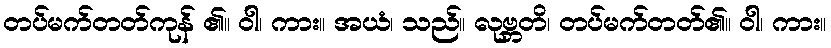
တပ်မက်တတ်ကုန် ၏။ ဝါ၊ ကား။ အယံ၊ သည်။ လုဗ္ဘတိ၊ တပ်မက်တတ်၏။ ဝါ၊ ကား။